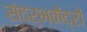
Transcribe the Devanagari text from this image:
संदर्भकेंद्रों